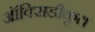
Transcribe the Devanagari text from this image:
ऑक्सिडीकृत